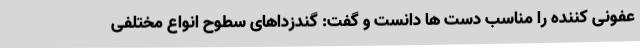
عفونی کننده را مناسب دست ها دانست و گفت: گندزداهای سطوح انواع مختلفی